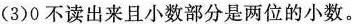
(3)0不读出来且小数部分是两位的小数。